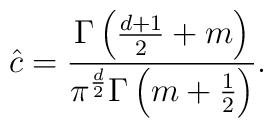
\hat c =\frac{\Gamma\left(\frac{d+1}{2}+m\right)}{\pi^\frac{d}{2}\Gamma\left(m+\frac12\right)}.